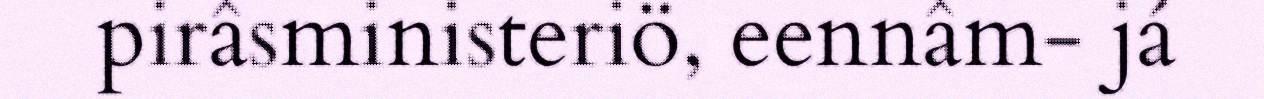
pirâsministeriö, eennâm- já